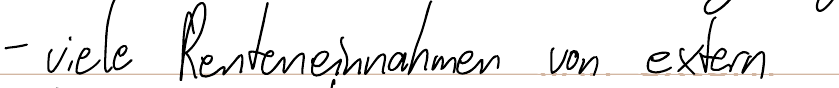
- viele Renteneinnahmen von extern